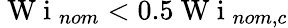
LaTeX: \mathrm{~W~i~}_{nom}<0.5\mathrm{~W~i~}_{nom,c}